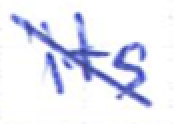
Text: its
Cross-out: mix
Writing tool: ballpoint